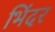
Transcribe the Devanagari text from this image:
भिंदर